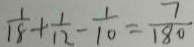
\frac { 1 } { 1 8 } + \frac { 1 } { 1 2 } - \frac { 1 } { 1 0 } = \frac { 7 } { 1 8 0 }